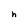
Character: h